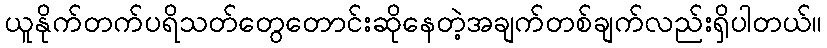
ယူနိုက်တက်ပရိသတ်တွေတောင်းဆိုနေတဲ့အချက်တစ်ချက်လည်းရှိပါတယ်။